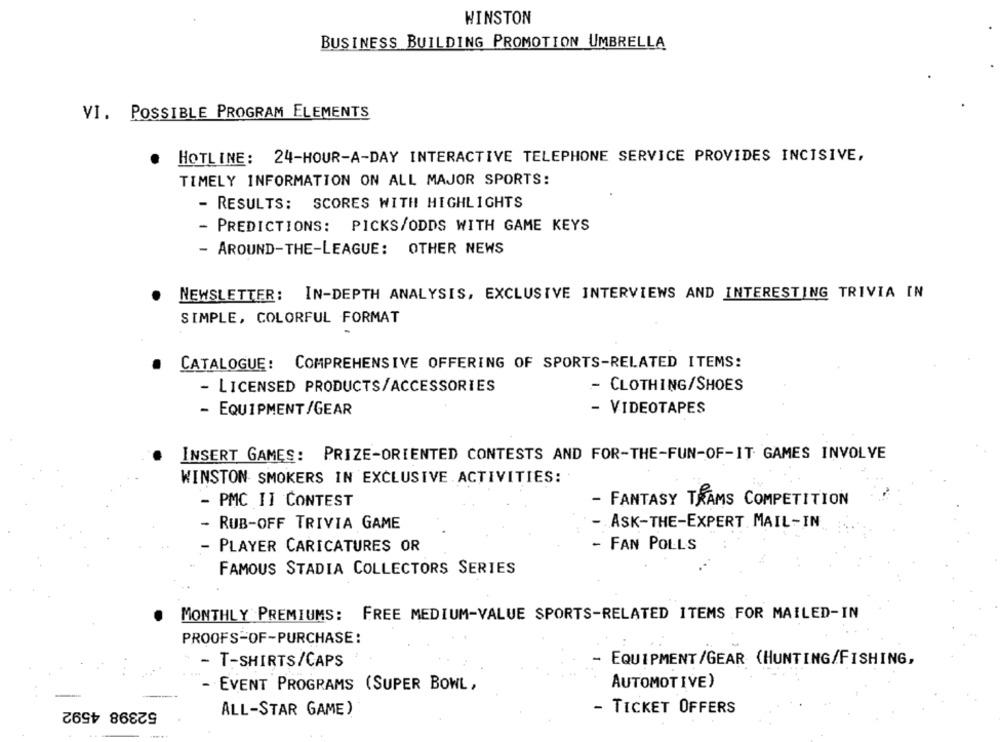
WINSTON
BUSINESS BUILDING PROMOTION UMBRELLA
VI. POSSIBLE PROGRAM ELEMENTS
HOTLINE: 24-HOUR-A-DAY INTERACTIVE TELEPHONE SERVICE PROVIDES INCISIVE,
TIMELY INFORMATION ON ALL MAJOR SPORTS:
- RESULTS: SCORES WITH HIGHLIGHTS
- PREDICTIONS: PICKS/ODDS WITH GAME KEYS
- AROUND-THE-LEAGUE: OTHER NEWS
NEWSLETTER: IN-DEPTH ANALYSIS, EXCLUSIVE INTERVIEWS AND INTERESTING TRIVIA IN
SIMPLE, COLORFUL FORMAT
CATALOGUE: COMPREHENSIVE OFFERING OF SPORTS-RELATED ITEMS:
- LICENSED PRODUCTS/ACCESSORIES
- CLOTHING/SHOES
- EQUIPMENT/GEAR
- VIDEOTAPES
INSERT GAMES: PRIZE-ORIENTED CONTESTS AND FOR-THE-FUN-OF-IT GAMES INVOLVE
WINSTON SMOKERS IN EXCLUSIVE ACTIVITIES:
- PMC II CONTEST
- FANTASY TRAMS COMPETITION
- RUB-OFF TRIVIA GAME
- ASK-THE-EXPERT MAIL-IN
- PLAYER CARICATURES OR
- FAN POLLS
FAMOUS STADIA COLLECTORS SERIES
MONTHLY PREMIUMS: FREE MEDIUM-VALUE SPORTS-RELATED ITEMS FOR MAILED-IN
PROOFS-OF-PURCHASE:
- EQUIPMENT/GEAR (HUNTING/FISHING,
- T-SHIRTS/CAPS
AUTOMOTIVE)
EVENT PROGRAMS (SUPER BOWL,
52398 4592
ALL-STAR GAME)
- TICKET OFFERS